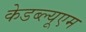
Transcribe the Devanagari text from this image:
केडब्ल्यूएम